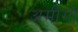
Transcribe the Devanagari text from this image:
अमीगो